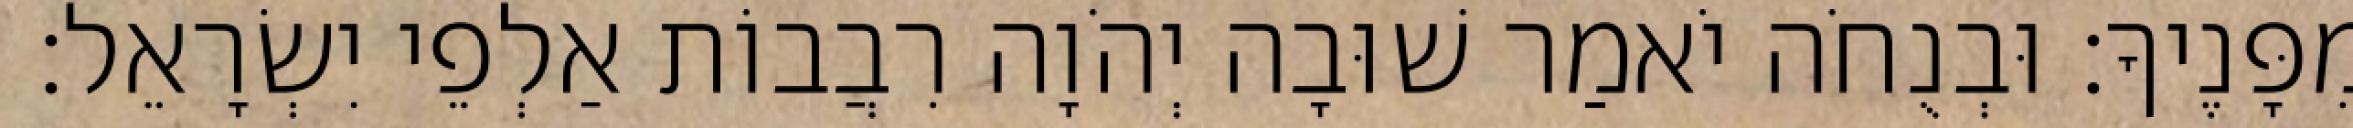
מִפָּנֶיךָ׃ וּבְנֻחֹה יֹאמַר שׁוּבָה יְהֹוָה רִבֲבוֹת אַלְפֵי יִשְׂרָאֵל׃